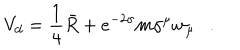
V _ { d } = \frac 1 4 \bar { R } + e ^ { - 2 \sigma } m \gamma ^ { \mu } w _ { \mu } .